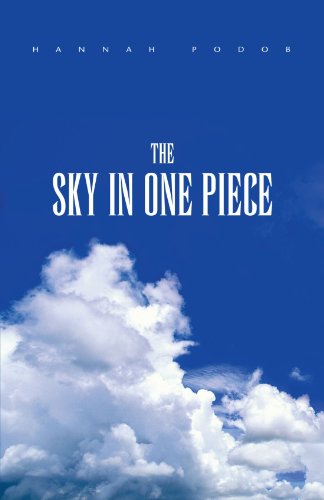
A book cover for The Sky in One Piece; Hannah Podob; Biographies & Memoirs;